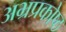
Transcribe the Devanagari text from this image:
अभ्रप्रकोष्ठ